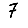
Digit: 7